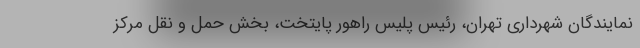
نمایندگان شهرداری تهران، رئیس پلیس راهور پایتخت، بخش حمل و نقل مرکز